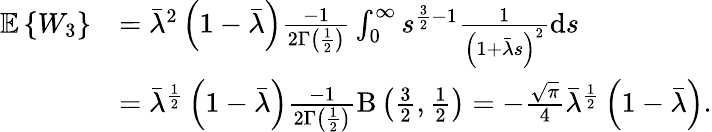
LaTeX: \begin{array}{rl}{\mathbb{E}\left\{ W_{3}\right\} }&{=\bar{\lambda}^{2}\left(1-\bar{\lambda}\right)\frac{-1}{2\Gamma\left(\frac{1}{2}\right)}\int_{0}^{\infty}s^{\frac{3}{2}-1}\frac{1}{\left(1+\bar{\lambda}s\right)^{2}}\mathrm{d}s}\\ &{=\bar{\lambda}^{\frac{1}{2}}\left(1-\bar{\lambda}\right)\frac{-1}{2\Gamma\left(\frac{1}{2}\right)}\mathrm{B}\left(\frac{3}{2},\frac{1}{2}\right)=-\frac{\sqrt{\pi}}{4}\bar{\lambda}^{\frac{1}{2}}\left(1-\bar{\lambda}\right).}\end{array}